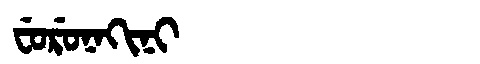
Manchu: ᠸᡠᡵᡠᠨᠠᡴᡳᠨᡳ
Romanization: FURUNAKINI